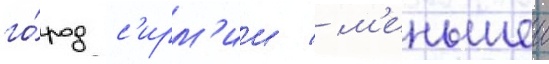
го́род с'ирм'ии / м'еньшеи